Leaving Certificate Examination (including Day School Certificate (Higher) General paper), 1937
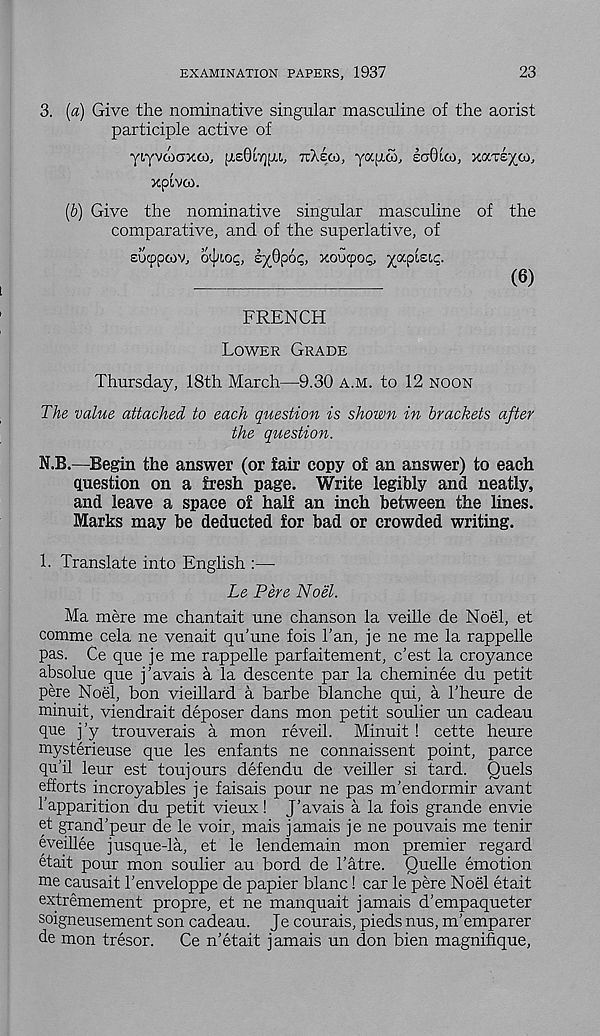
EXAMINATION PAPERS, 1937
23
3. («) Give the nominative singular masculine of the aorist
participle active of
yiyvdKjxco,
TTXECO, yocpco, laOlw, xccTsyco,
xpivco.
(6) Give the nominative singular masculine of the
comparative, and of the superlative, of
sucppcov,
kjQpoq, xoucpo^ papist,!;.
(6)
FRENCH
LOWER GRADE
Thursday, 18th March—9.30 A.M. to 12 NOON
The value attached to each question is shown in brackets after
the question.
N.B.—Begin the answer (or fair copy of an answer) to each
question on a fresh page. Write legibly and neatly,
and leave a space of half an inch between the lines.
Marks may be deducted for bad or crowded writing.
1. Translate into English :—
Le Pere Noel.
Ma mere me chantait une chanson la veille de Noel, et
comme cela ne venait qu’une fois 1’an, je ne me la rappelle
pas. Ce que je me rappelle parfaitement, c’est la croyance
absolue que j’avals a la descente par la cheminee du petit
pere Noel, bon vieillard a barbe blanche qui, a hheure de
minuit, viendrait deposer dans mon petit soulier un cadeau
T 16 j’y trouverais a mon reveil. Minuit ! cette heure
mysterieuse que les enfants ne connaissent point, parce
qu’il leur est toujours defendu de veiller si tard. Quels
efforts incroyables je faisais pour ne pas m’endormir avant
1'apparition du petit vieux! J’avais a la fois grande envie
et grand’peur de le voir, mais jamais je ne pouvais me tenir
eveillee j usque-la, et le lendemain mon premier regard
etait pour mon soulier au bord de I’atre. Quelle emotion
me causait 1’enveloppe de papier blanc! car le pere Noel etait
extremement propre, et ne manquait jamais d’empaqueter
soigneusement son cadeau. Je courais, pieds nus, m'emparer
de mon tresor. Ce n’etait jamais un don bien magnifique,